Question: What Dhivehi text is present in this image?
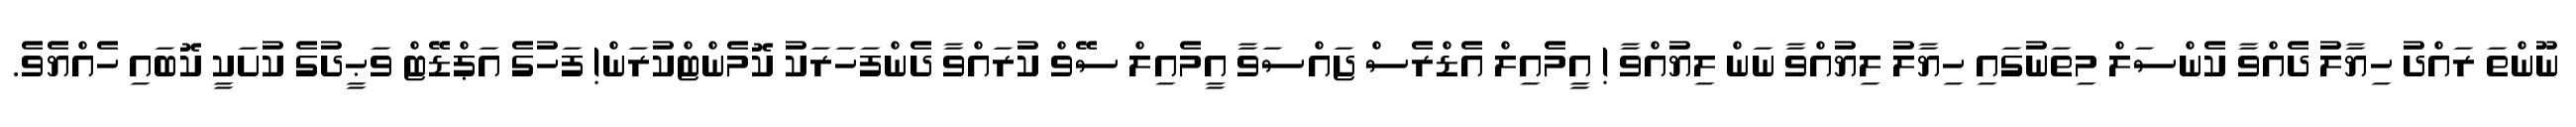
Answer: ނޫންތަ ރައްދު ހިޔާލު ދެއްވާ ކެންސަލް މިތަނުގައި ހިޔާލު ލިޔުއްވާ ނަން ލިޔުއްވާ ! އީމެއިލް އެޑްރެސް ޖައްސަވާ އީމެއިލް ސޭވް ކުރައްވާ ދެންފަހަރަކު ކޮމެންޓްކުރަން! ފަހުގެ އަޕްޑޭޓް ވަޙީދުގެ ކުށަކީ ކޮބައި ހެއްޔެވެ.